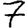
Digit: 7